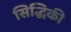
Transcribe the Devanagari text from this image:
सिद्धिकी